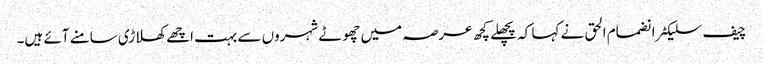
چیف سلیکٹر انضمام الحق نے کہا کہ پچھلے کچھ عرصہ میں چھوٹے شہروں سے بہت اچھے کھلاڑی سامنے آئے ہیں۔